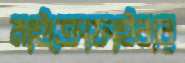
মাইক্রোফাইবার